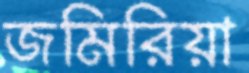
জমিরিয়া